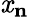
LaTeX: \mathit{x}_{\mathbf{{n}}}